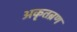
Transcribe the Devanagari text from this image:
अकृतब्रण